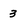
Character: 3